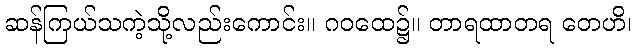
ဆန်ကြယ်သကဲ့သို့လည်းကောင်း။ ဂဝထေ၌။ တာရထာတရ တေဟိ၊